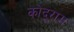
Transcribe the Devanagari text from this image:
कोदूराम